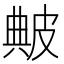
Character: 𤿶